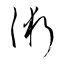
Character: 術